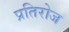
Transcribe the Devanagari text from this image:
प्रतिरोज